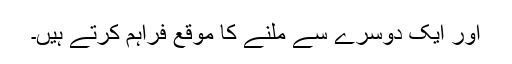
اور ایک دوسرے سے ملنے کا موقع فراہم کرتے ہیں۔